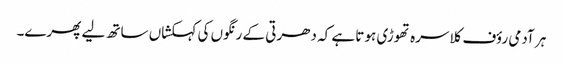
ہر آدمی رؤف کلاسرہ تھوڑی ہوتا ہے کہ دھرتی کے رنگوں کی کہکشاں ساتھ لیے پھرے۔